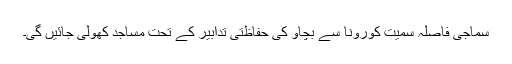
سماجی فاصلہ سمیت کورونا سے بچاوَ کی حفاظتی تدابیر کے تحت مساجد کھولی جائیں گی۔